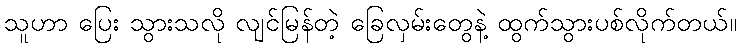
သူဟာ ပြေး သွားသလို လျင်မြန်တဲ့ ခြေလှမ်းတွေနဲ့ ထွက်သွားပစ်လိုက်တယ်။